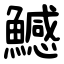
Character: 鱤